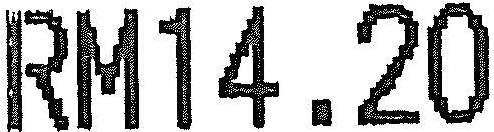
RM14.20